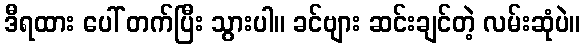
ဒီရထား ပေါ် တက်ပြီး သွားပါ။ ခင်ဗျား ဆင်းချင်တဲ့ လမ်းဆုံပဲ။